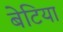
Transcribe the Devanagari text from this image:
बेटिया